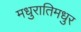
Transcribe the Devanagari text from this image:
मधुरातिमधुर